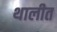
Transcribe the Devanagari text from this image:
थालीत